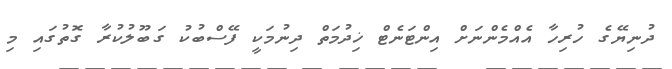
ދުނިޔޭގެ ހުރިހާ އެއްމެންނަށް އިންޓަނެޓް ޚިދުމަތް ދިނުމަކީ ފޭސްބުކު ގަބޫލުކުރާ ގޮތުގައި މި